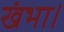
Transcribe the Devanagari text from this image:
खंभा।